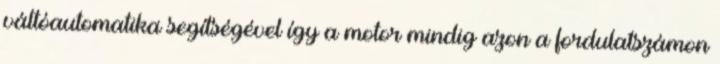
váltóautomatika segítségével így a motor mindig azon a fordulatszámon